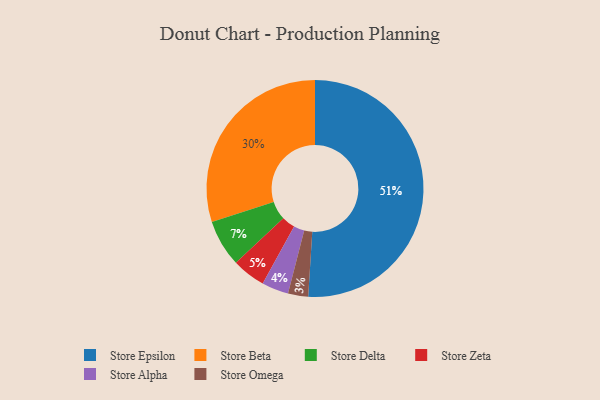
{"axis": {"x": "Category", "y": "Percentage"}, "legend": ["Store Alpha", "Store Beta", "Store Delta", "Store Epsilon", "Store Omega", "Store Zeta"], "data": [{"x": "Store Zeta", "y": 5, "type": "Store Zeta"}, {"x": "Store Omega", "y": 3, "type": "Store Omega"}, {"x": "Store Alpha", "y": 4, "type": "Store Alpha"}, {"x": "Store Epsilon", "y": 51, "type": "Store Epsilon"}, {"x": "Store Delta", "y": 7, "type": "Store Delta"}, {"x": "Store Beta", "y": 30, "type": "Store Beta"}]}